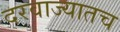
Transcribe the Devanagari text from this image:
दरवाज्यातच